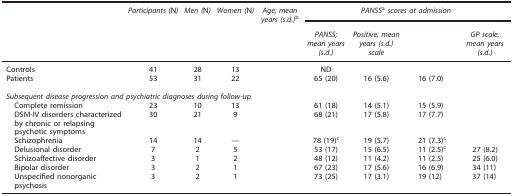
<table><thead><tr><td>[EMPTY_CELL]</td><td><b><i>Participants (</i>N<i>)</i></b></td><td><b><i>Men (</i>N<i>)</i></b></td><td><b><i>Women (</i>N<i>)</i></b></td><td><b><i>Age; mean years (s.d.)</i>b</b></td><td colspan="4"><b><i>PANSS</i>a<i>scores at admission</i></b></td></tr><tr><td>[EMPTY_CELL]</td><td>[EMPTY_CELL]</td><td>[EMPTY_CELL]</td><td>[EMPTY_CELL]</td><td>[EMPTY_CELL]</td><td><b><i>PANSS; mean years (s.d.)</i></b></td><td><b><i>Positive; mean years (s.d.) scale</i></b></td><td>[EMPTY_CELL]</td><td><b><i>GP scale; mean years (s.d.)</i></b></td></tr></thead><tbody><tr><td>Controls</td><td>41</td><td>28</td><td>13</td><td>[EMPTY_CELL]</td><td>ND</td><td>[EMPTY_CELL]</td><td>[EMPTY_CELL]</td><td>[EMPTY_CELL]</td></tr><tr><td>Patients</td><td>53</td><td>31</td><td>22</td><td>[EMPTY_CELL]</td><td>65 (20)</td><td>16 (5.6)</td><td>16 (7.0)</td><td>[EMPTY_CELL]</td></tr><tr><td>[EMPTY_CELL]</td><td>[EMPTY_CELL]</td><td>[EMPTY_CELL]</td><td>[EMPTY_CELL]</td><td>[EMPTY_CELL]</td><td>[EMPTY_CELL]</td><td>[EMPTY_CELL]</td><td>[EMPTY_CELL]</td><td>[EMPTY_CELL]</td></tr><tr><td colspan="9"><i>Subsequent disease progression and psychiatric diagnoses during follow-up</i></td></tr><tr><td> Complete remission</td><td>23</td><td>10</td><td>13</td><td>[EMPTY_CELL]</td><td>61 (18)</td><td>14 (5.1)</td><td>15 (5.9)</td><td>[EMPTY_CELL]</td></tr><tr><td> DSM-IV disorders characterized by chronic or relapsing psychotic symptoms</td><td>30</td><td>21</td><td>9</td><td>[EMPTY_CELL]</td><td>68 (21)</td><td>17 (5.8)</td><td>17 (7.7)</td><td>[EMPTY_CELL]</td></tr><tr><td> Schizophrenia</td><td>14</td><td>14</td><td>—</td><td>[EMPTY_CELL]</td><td>78 (19)c</td><td>19 (5.7)</td><td>21 (7.3)c</td><td>[EMPTY_CELL]</td></tr><tr><td> Delusional disorder</td><td>7</td><td>2</td><td>5</td><td>[EMPTY_CELL]</td><td>53 (17)</td><td>15 (6.5)</td><td>11 (2.5)c</td><td>27 (8.2)</td></tr><tr><td> Schizoaffective disorder</td><td>3</td><td>1</td><td>2</td><td>[EMPTY_CELL]</td><td>48 (12)</td><td>11 (4.2)</td><td>11 (2.5)</td><td>25 (6.0)</td></tr><tr><td> Bipolar disorder</td><td>3</td><td>2</td><td>1</td><td>[EMPTY_CELL]</td><td>67 (23)</td><td>17 (5.6)</td><td>16 (6.9)</td><td>34 (11)</td></tr><tr><td> Unspecified nonorganic psychosis</td><td>3</td><td>2</td><td>1</td><td>[EMPTY_CELL]</td><td>73 (25)</td><td>17 (3.1)</td><td>19 (12)</td><td>37 (14)</td></tr></tbody></table>